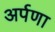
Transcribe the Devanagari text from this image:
अर्पणा